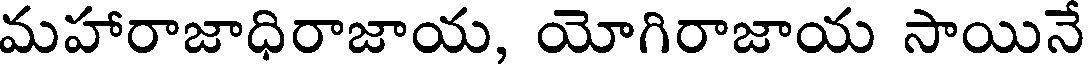
మహారాజాధిరాజాయ, యోగిరాజాయ సాయినే